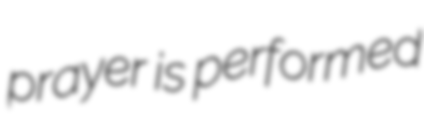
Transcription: prayer is performed